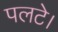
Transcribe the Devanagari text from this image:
पलटे।